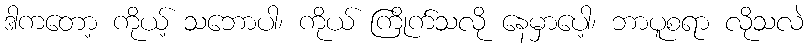
ဒါကတော့ ကိုယ့် သဘောပါ၊ ကိုယ် ကြိုက်သလို နေမှာပေါ့၊ ဘာပူစရာ လိုသလဲ